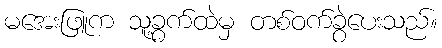
မအေးဖြူက သူ့ခွက်ထဲမှ တစ်ဝက်ခွဲပေးသည်။